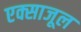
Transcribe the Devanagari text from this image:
एक्साजूल